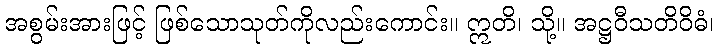
အစွမ်းအားဖြင့် ဖြစ်သောသုတ်ကိုလည်းကောင်း။ ဣတိ၊ သို့။ အဋ္ဌဝီသတိဝိဓံ၊